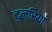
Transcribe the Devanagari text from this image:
दुलरिया